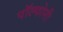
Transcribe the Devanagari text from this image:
पॉल्फोनी